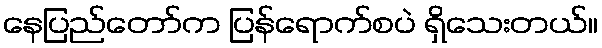
နေပြည်တော်က ပြန်ရောက်စပဲ ရှိသေးတယ်။